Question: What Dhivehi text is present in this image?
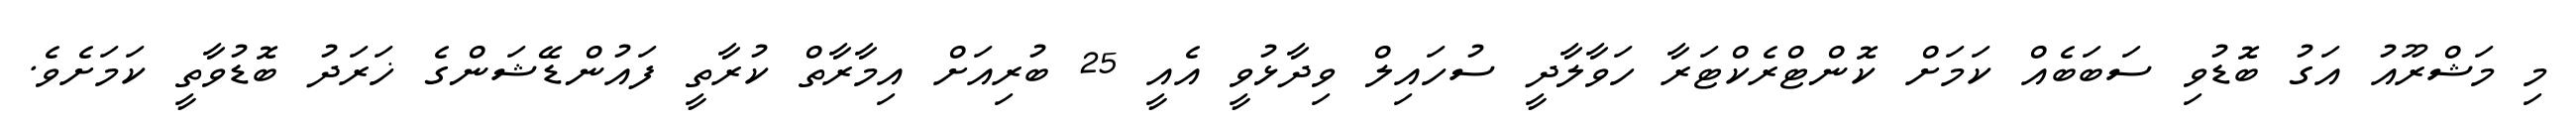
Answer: މި މަޝްރޫއު އަގު ބޮޑުވި ސަބަބެއް ކަމަށް ކޮންޓްރެކްޓަރާ ހަވާލާދީ ސުހައިލް ވިދާޅުވީ އެއީ 25 ބުރިއަށް އިމާރާތް ކުރާތީ ފައުންޑޭޝަންގެ ޚަރަދު ބޮޑުވާތީ ކަމަށެވެ.